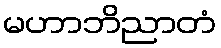
မဟာဘိညာတံ